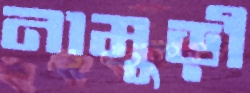
নামুড়ী